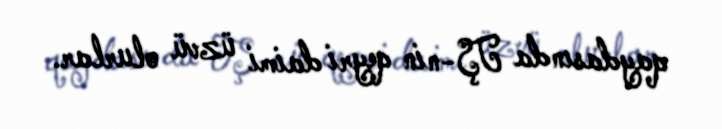
qaydasında TŞ-nin qeyri daimi üzvü olurlar.